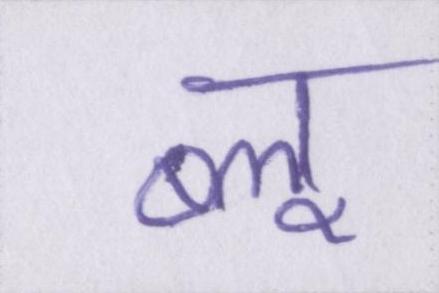
ब्लू